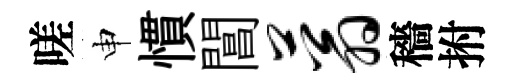
嗟申慣閶蓊穡拊